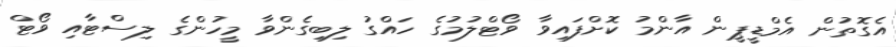
އެގޮތުން އެމްޑީޕީން އާންމު ކޮށްފައިވާ ވޯޓްލުމުގެ ހައްގު ލިބިގެންވާ މީހުންގެ ލިސްޓާއި ވޯޓް